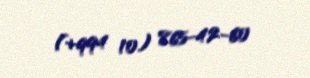
(+994 10) 865-42-60